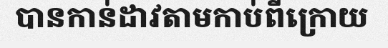
បានកាន់ដាវតាមកាប់ពីក្រោយ